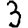
Digit: 3